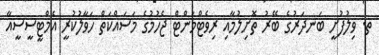
ތ. ވިލުފުށީ ބަނދަރުގެ ބޭރު ތޮށިލުމާއި ރިވެޓްމަންޓް ޖެހުމުގެ މަސައްކަތް ހަވާލުކުރީ އެމްޓީސީސީއާ